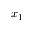
x _ { 1 }